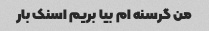
من گرسنه ام بیا بریم اسنک بار